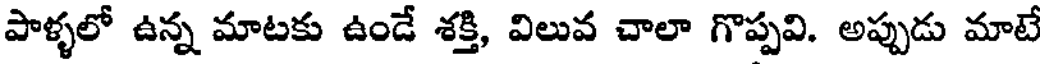
పాళ్ళలో ఉన్న మాటకు ఉండే శక్తి, విలువ చాలా గొప్పవి. అప్పుడు మాటే